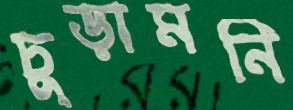
চুড়ামনি